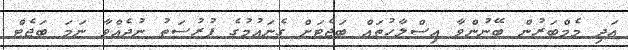
އަދި މެމްބަރުން ބޭނުންވާ އިސްލާހުތައް ބަޖެޓަށް ގެނައުމުގެ ފުރުސަތު ނުދެއްވާ ނަމަ ބަޖެޓް